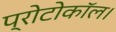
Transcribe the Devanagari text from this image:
प्रोटोकॉल।